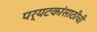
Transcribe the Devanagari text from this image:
पर्यटकांसाठीची